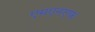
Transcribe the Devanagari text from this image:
एमएनएफ